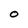
Character: 0